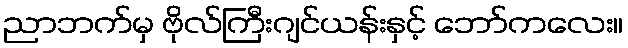
ညာဘက်မှ ဗိုလ်ကြီးဂျင်ယန်းနှင့် ဘော်ကလေး။